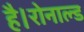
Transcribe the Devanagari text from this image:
है।रोनाल्ड